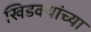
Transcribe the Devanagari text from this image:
खिडक्यांच्या